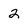
Character: 2